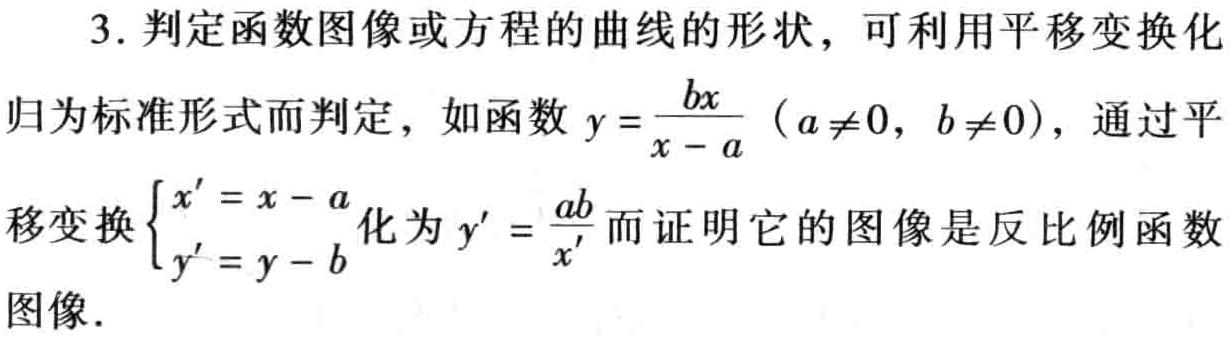
3. 判定函数图像或方程的曲线的形状，可利用平移变换化归为标准形式而判定，如函数 \(y = \frac{bx}{x - a}\)（\(a\neq0\)，\(b\neq0\)），通过平移变换\(\begin{cases}x' = x - a\\y' = y - b\end{cases}\)化为 \(y' = \frac{ab}{x'}\)而证明它的图像是反比例函数图像.